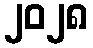
၂၀၂၈